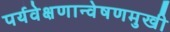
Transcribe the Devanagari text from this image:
पर्यवेक्षणान्वेषणमुखी